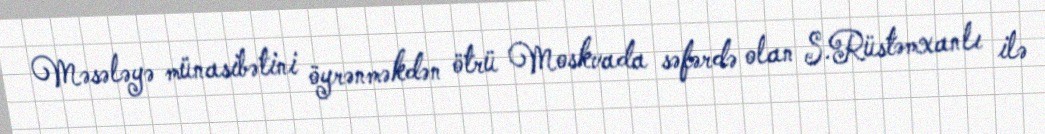
Məsələyə münasibətini öyrənməkdən ötrü Moskvada səfərdə olan S.Rüstəmxanlı ilə